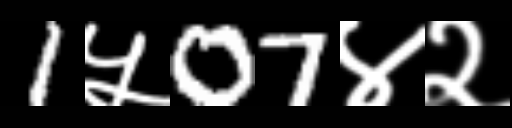
Text: 1५07४२